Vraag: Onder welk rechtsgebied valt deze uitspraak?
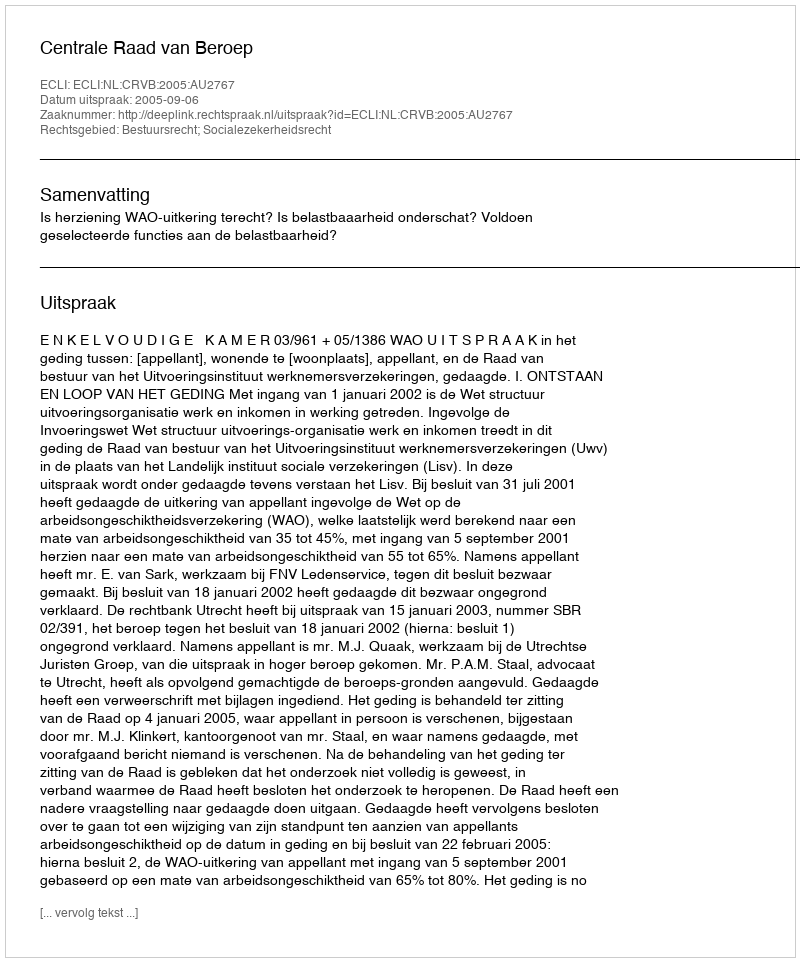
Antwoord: Bestuursrecht; Socialezekerheidsrecht